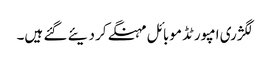
لگژری امپورٹڈ موبائل مہنگے کر دیئے گئے ہیں۔